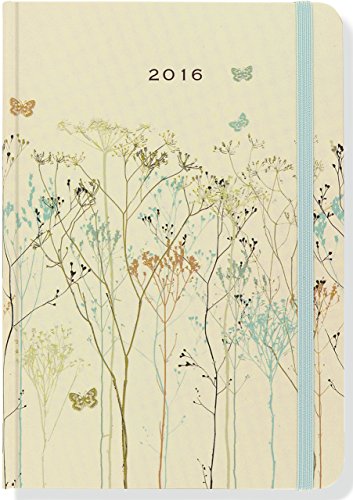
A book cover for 2016 Butterflies Weekly Planner (16-Month Engagement Calendar, Diary); Peter Pauper Press; Calendars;